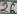
Text: 16